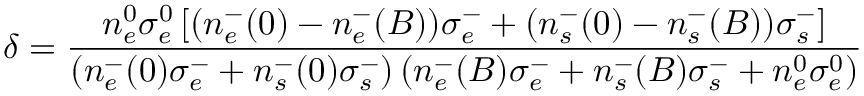
\delta = \frac { n _ { e } ^ { 0 } \sigma _ { e } ^ { 0 } \left[ ( n _ { e } ^ { - } ( 0 ) - n _ { e } ^ { - } ( B ) ) \sigma _ { e } ^ { - } + ( n _ { s } ^ { - } ( 0 ) - n _ { s } ^ { - } ( B ) ) \sigma _ { s } ^ { - } \right] } { \left( n _ { e } ^ { - } ( 0 ) \sigma _ { e } ^ { - } + n _ { s } ^ { - } ( 0 ) \sigma _ { s } ^ { - } \right) \left( n _ { e } ^ { - } ( B ) \sigma _ { e } ^ { - } + n _ { s } ^ { - } ( B ) \sigma _ { s } ^ { - } + n _ { e } ^ { 0 } \sigma _ { e } ^ { 0 } \right) }